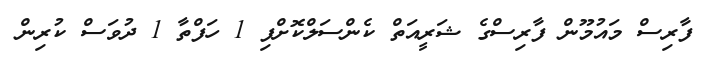
ފާރިސް މައުމޫން ފާރިސްގެ ޝަރީއަތް ކެންސަލްކޮށްފި 1 ހަފްތާ 1 ދުވަސް ކުރިން